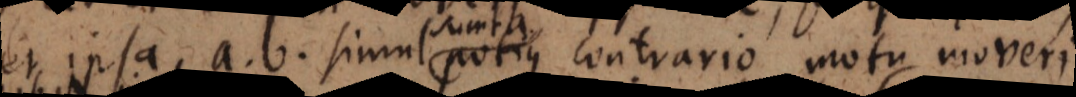
et ipsa a, b sumta potius contrario motu moveri